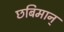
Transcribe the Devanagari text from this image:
छबिमान्